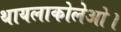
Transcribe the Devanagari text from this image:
थायलाकोलेओ।